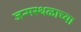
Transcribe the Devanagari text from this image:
जन्मस्थळाच्या